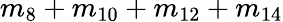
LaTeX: m_{8}+m_{10}+m_{12}+m_{14}